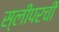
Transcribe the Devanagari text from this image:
स्लीपरची